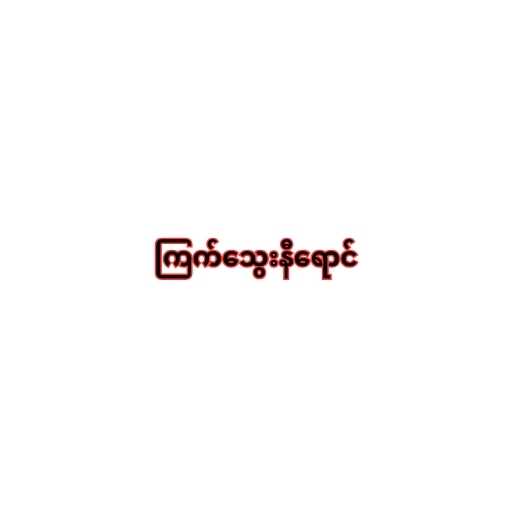
ကြက်သွေးနီရောင်